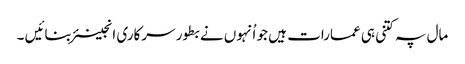
مال پہ کتنی ہی عمارات ہیں جو اُنہوں نے بطور سرکاری انجینئر بنائیں ۔